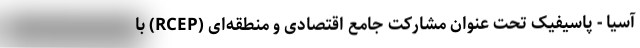
آسیا - پاسیفیک تحت عنوان مشارکتِ جامع اقتصادی و منطقه‌ای (RCEP) با